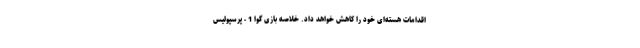
اقدامات هسته‌ای خود را کاهش خواهد داد. خلاصه بازی گوا 1 - پرسپولیس